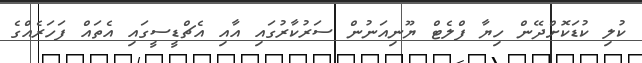
ކުލި ކުޑަކޮށްދޭން ހިޔާ ފްލެޓް ޔޫނިއަނުން ސަރުކާރުގައި އާއި އެޗްޑީސީގައި އެތައް ފަހަރެއްގެ